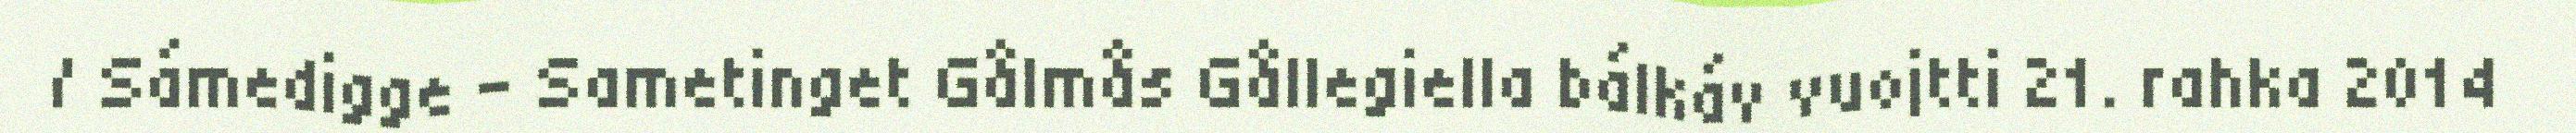
/ Sámedigge - Sametinget Gålmås Gållegiella bálkáv vuojtti 21. rahka 2014